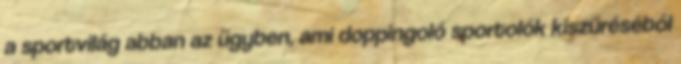
a sportvilág abban az ügyben, ami doppingoló sportolók kiszűréséből